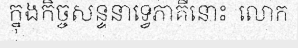
ក្នុងកិច្ចសន្ទនាទ្វេភាគីនោះ  លោក